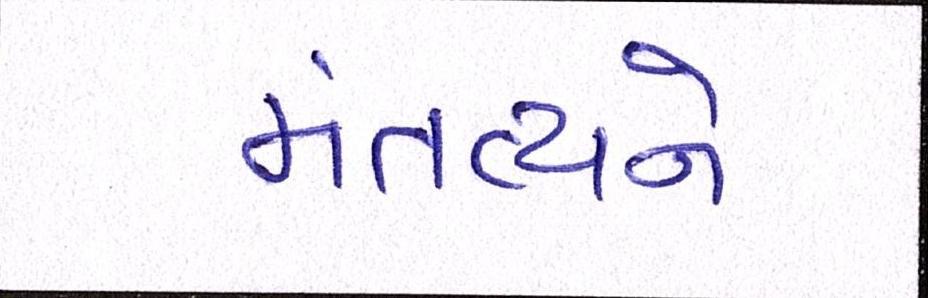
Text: મંતવ્યને